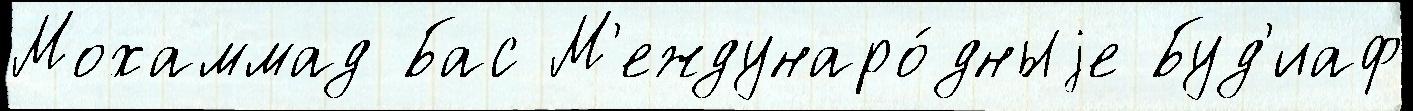
Мохаммад Бас М'еждунаро́дныjе Буд'иаф